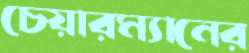
চেয়ারম্যানের